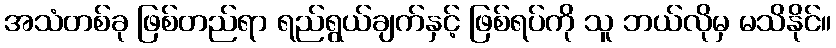
အသံတစ်ခု ဖြစ်တည်ရာ ရည်ရွယ်ချက်နှင့် ဖြစ်ရပ်ကို သူ ဘယ်လိုမှ မသိနိုင်။